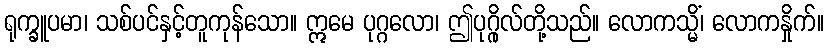
ရုက္ခူပမာ၊ သစ်ပင်နှင့်တူကုန်သော။ ဣမေ ပုဂ္ဂလော၊ ဤပုဂ္ဂိုလ်တို့သည်။ လောကသ္မိံ၊ လောကနှိုက်။